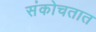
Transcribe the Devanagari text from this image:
संकोचतात